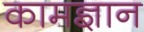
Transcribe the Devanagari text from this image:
कामज्ञान